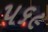
૫૬૯